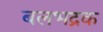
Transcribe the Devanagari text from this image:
बलभद्रक